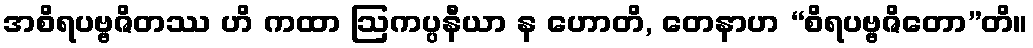
အစိရပဗ္ဗဇိတဿ ဟိ ကထာ ဩကပ္ပနီယာ န ဟောတိ, တေနာဟ “စိရပဗ္ဗဇိတော”တိ။